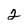
Character: 2